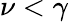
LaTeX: \nu<\gamma